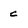
Character: c